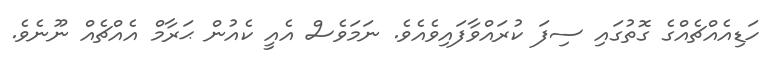
ހަޑިއެއްޗެއްގެ ގޮތުގައި ސިފަ ކުރައްވާފައިވެއެވެ. ނަމަވެސް އެއީ ކެއުން ޙަރާމް އެއްޗެއް ނޫނެވެ.